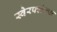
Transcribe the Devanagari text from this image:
स्वेरफ्लेक्स